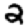
Digit: 2